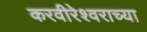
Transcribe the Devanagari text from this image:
करवीरेश्वराच्या